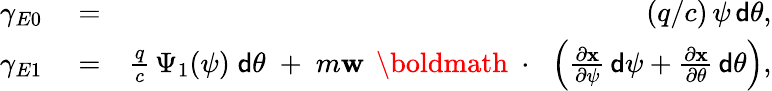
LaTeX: \begin{array}{rlr}{\gamma_{E0}}&{{}=}&{(q/c)\, \psi\, {\sf d}\theta,}\\ {\gamma_{E1}}&{{}=}&{\frac{q}{c}\, \Psi_{1}(\psi)\; {\sf d}\theta\; +\; m{\mathbf w}\, \mathrm{~\boldmath~\cdot~}\, \left(\frac{\partial\mathbf x}{\partial\psi}\, {\sf d}\psi+\frac{\partial\mathbf x}{\partial\theta}\, {\sf d}\theta\right),}\end{array}